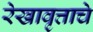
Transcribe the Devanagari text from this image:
रेखावृत्ताचे